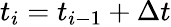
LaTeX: t_{i}=t_{i-1}+\Delta t